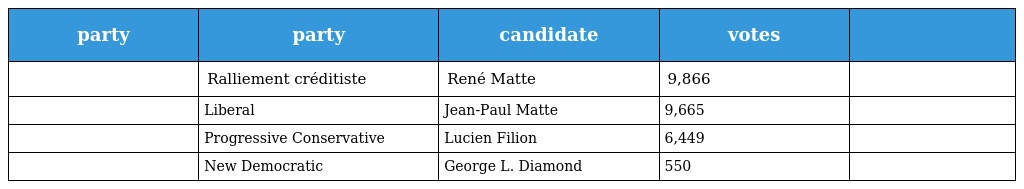
| party | party | candidate | votes |  |
 | --- | --- | --- | --- | --- |
 |  | Ralliement créditiste | René Matte | 9,866 |  |
 |  | Liberal | Jean-Paul Matte | 9,665 |  |
 |  | Progressive Conservative | Lucien Filion | 6,449 |  |
 |  | New Democratic | George L. Diamond | 550 |  |